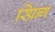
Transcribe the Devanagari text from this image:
स्प्रिन्ग